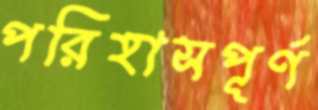
পরিহাসপূর্ণ